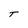
Character: T